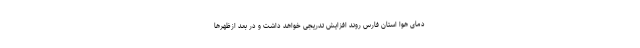
دمای هوا استان فارس روند افزایش تدریجی خواهد داشت و در بعد ازظهرها